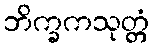
ဘိက္ခကသုတ္တံ